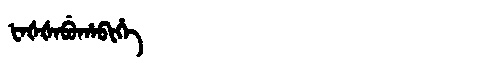
Manchu: ᡶᠠᡧᡧᠠᠪᡠᡥᠠᠪᡳᡥᡝ
Romanization: FAŠŠABUHABIHE